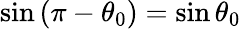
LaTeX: \sin\left(\pi-\theta_{0}\right)=\sin\theta_{0}